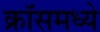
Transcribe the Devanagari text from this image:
क्रॉसमध्ये